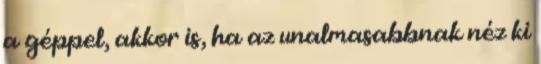
a géppel, akkor is, ha az unalmasabbnak néz ki